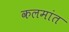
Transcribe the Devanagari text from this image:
कलमांत